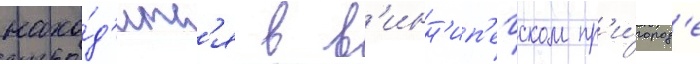
нахо́д'итс'я в в'инн'ип'егском пр'и́город'е